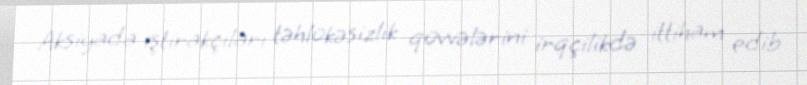
Aksiyada iştirakçıları təhlükəsizlik qüvvələrini irqçilikdə ittiham edib